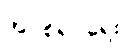
အပစ်ရပ်ရေး